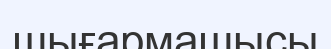
шығармашысы